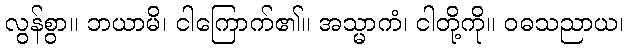
လွန်စွာ။ ဘယာမိ၊ ငါကြောက်၏။ အသ္မာကံ၊ ငါတို့ကို။ ဝဓသညာယ၊